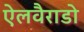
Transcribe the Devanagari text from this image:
ऐलवैराडो